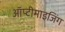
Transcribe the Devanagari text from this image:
ऑप्टीमाइजिंग